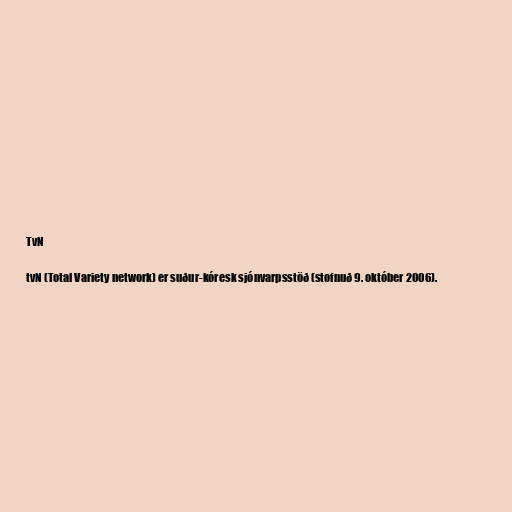
TvN

tvN (Total Variety network) er suður-kóresk sjónvarpsstöð (stofnuð 9. október 2006).